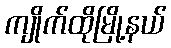
ကျိုက်ထိုမြို့နယ်